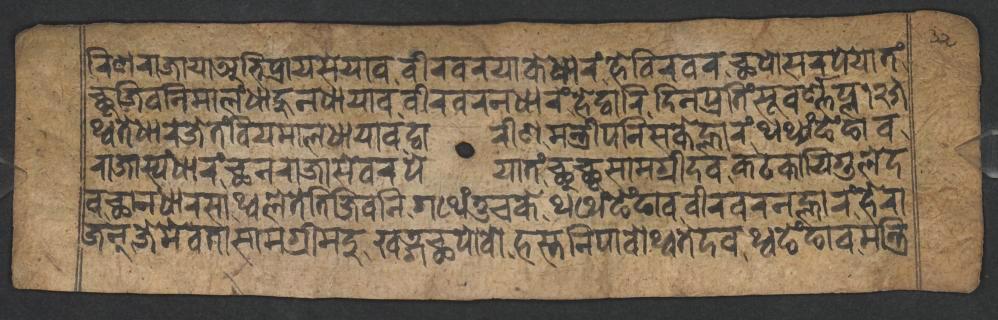
𑐬𑐶𑐞𑐬𑐵𑐖𑐵𑐫𑐵𑐀𑐨𑐶𑐥𑑂𑐬𑐵𑐫𑐳𑐾𑐫𑐵𑐰𑐰𑐷𑐬𑐰𑐬𑐫𑐵𑐎𑐾𑐢𑐵𑐬𑑄𑐴𑐾𑐰𑐶𑐬𑐰𑐬𑐕𑐥𑑀𑐳𑐬𑐥𑐾𑐫𑐵𑐟𑑄 𑐕𑐸𑐖𑐶𑐰𑐣𑐶𑐩𑐵𑐮𑑄𑐢𑐵𑐴𑐸𑐣𑐢𑐵𑐫𑐵𑐰𑐰𑐷𑐬𑐰𑐬𑐣𑐢𑐵𑐬𑑄𑐴𑐾𑐡𑑂𑐰𑐵𑐬𑐶𑐡𑐶𑐣𑐥𑑂𑐬𑐟𑐶𑑄𑐳𑐹𑐰𑐬𑑂𑐞𑑂𑐞𑐥𑑂𑐮𑑑𑑒𑑕 𑐠𑑂𑐰𑐟𑐾𑐢𑐵𑐬𑐾𑐖𑐾𑐟𑑄𑐧𑐶𑐫𑐩𑐵𑐮𑐢𑐵𑐫𑐵𑐰𑐡𑑂𑐰𑐵𑐬𑐷𑐞𑐩𑐣𑑂𑐟𑑂𑐬𑐷𑐥𑐣𑐶𑐳𑐎𑐾𑐮𑑂𑐴𑐵𑐬𑑄𑐠𑐠𑑂𑐫𑑄𑐒𑐾𑑄𑐒𑐵𑐰 𑐬𑐵𑐖𑐵𑐳𑑂𑐫𑑄𑐢𑐵𑐬𑑄𑐕𑐣𑐬𑐵𑐖𑐵𑐳𑐾𑐰𑐬𑐥𑐾𑐫𑐵𑐟𑑄𑐕𑐸𑐕𑐸𑐳𑐵𑐩𑐐𑑂𑐬𑐷𑐡𑐰𑐎𑐚𑐎𑐵𑐫𑐶𑐐𑐸𑐮𑐾𑐡 𑐰𑐕𑐵𑐣𑐢𑐵𑐬𑐳𑐵𑐠𑑂𑐰𑐮𑐾𑐟𑐾𑐟𑐶𑐖𑐶𑐰𑐣𑐶𑐐𑐠𑐾𑑄𑐟𑐸𑐔𑐎𑐾𑐠𑐠𑐾𑑄𑐒𑐾𑑄𑐒𑐵𑐰𑐰𑐷𑐬𑐰𑐬𑐣𑐮𑑂𑐴𑐵𑐬𑑄𑐴𑐾𑐬𑐵 𑐖𑐣𑑂𑐖𑐾𑐩𑐾𑐰𑐟𑐵𑐳𑐵𑐩𑐐𑑂𑐬𑐷𑐩𑐡𑐸𑐏𑐜𑑂𑐐𑐕𑐥𑑀𑐰𑑀𑐴𑐳𑑂𑐟𑐣𑐶𑐥𑐵𑐰𑑀𑐠𑑂𑐰𑐟𑐾𑐡𑐰𑐠𑑂𑐰𑐒𑐾𑑄𑐒𑐵𑐰𑐩𑐣𑑂𑐟𑑂𑐬𑐶